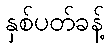
နှစ်ပတ်ခန့်